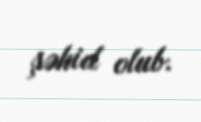
şəhid olub.